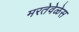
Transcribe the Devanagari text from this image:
मरतेवेळेस